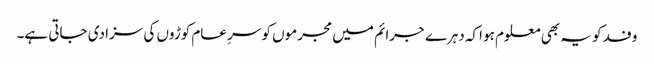
وفد کو یہ بھی معلوم ہو اکہ دہرے جرائم میں مجرموں کو سرِ عام کوڑوں کی سزا دی جاتی ہے۔